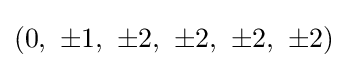
\left(0,\ \pm 1,\ \pm 2,\ \pm 2,\ \pm 2,\ \pm 2\right)